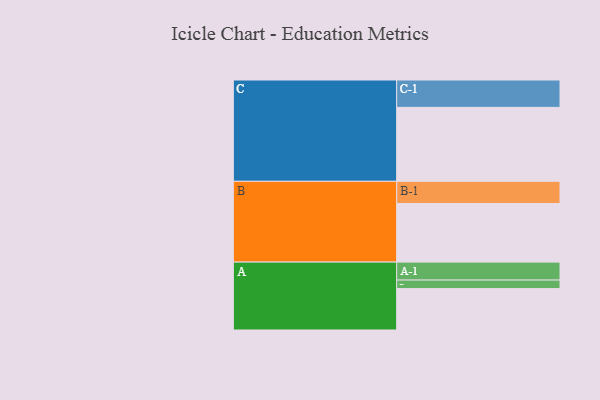
{"axis": {"x": "Segment", "y": "Value"}, "legend": ["", "A", "B", "C"], "data": [{"x": "A", "y": 321, "type": ""}, {"x": "B", "y": 454, "type": ""}, {"x": "C", "y": 573, "type": ""}, {"x": "A-1", "y": 139, "type": "A"}, {"x": "A-2", "y": 66, "type": "A"}, {"x": "B-1", "y": 172, "type": "B"}, {"x": "C-1", "y": 212, "type": "C"}]}